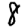
Digit: 8